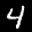
Label: 4